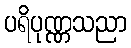
ပရိပုဏ္ဏသညာ